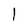
Character: l